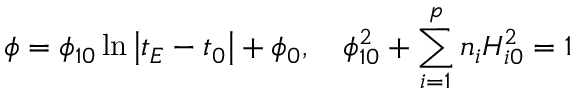
\phi = \phi _ { 1 0 } \ln \left| t _ { E } - t _ { 0 } \right| + \phi _ { 0 } , \quad \phi _ { 1 0 } ^ { 2 } + \sum _ { i = 1 } ^ { p } n _ { i } H _ { i 0 } ^ { 2 } = 1